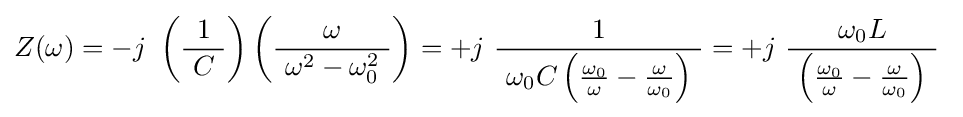
Z(\omega )=-j\ \left({\frac {1}{\ C\ }}\right)\left({\frac {\omega }{\ \omega ^{2}-\omega _{0}^{2}\ }}\right)=+j\ {\frac {1}{\ \omega _{0}C\left({\tfrac {\omega _{0}}{\omega }}-{\tfrac {\omega }{\omega _{0}}}\right)\ }}=+j\ {\frac {\omega _{0}L}{\ \left({\tfrac {\omega _{0}}{\omega }}-{\tfrac {\omega }{\omega _{0}}}\right)\ }}~